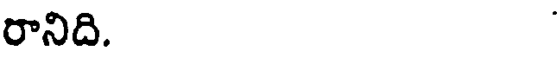
రానిది.